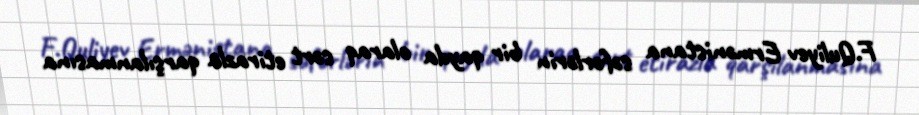
F.Quliyev Ermənistana səfərlərin bir qayda olaraq sərt etirazla qarşılanmasına